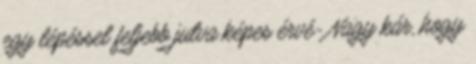
egy lépéssel feljebb jutva képes érvé- Nagy kár, hogy